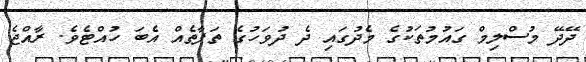
ދޭދޭ މުސްލިމް ގައުމުތަކުގެ މެދުގައި ދެ ދުވަހުގެ ތަފާތެއް އެބަ ހުއްޓެވެ. ރާއްޖެ